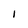
Character: I